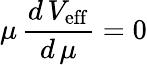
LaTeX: \mu\, \frac{d\, V_{\mathrm{eff}}}{d\, \mu}=0